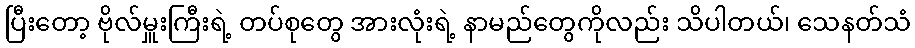
ပြီးတော့ ဗိုလ်မှူးကြီးရဲ့ တပ်စုတွေ အားလုံးရဲ့ နာမည်တွေကိုလည်း သိပါတယ်၊ သေနတ်သံ